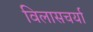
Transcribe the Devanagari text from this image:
विलासचर्या